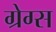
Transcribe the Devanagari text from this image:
ग्रेग्स